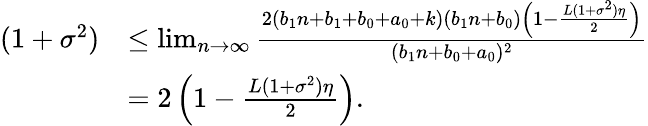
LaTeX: \begin{array}{rl}{(1+\sigma^{2})}&{\leq\operatorname*{lim}_{n\rightarrow\infty}\frac{2(b_{1}n+b_{1}+b_{0}+a_{0}+k)(b_{1}n+b_{0})\left(1-\frac{L(1+\sigma^{2})\eta}2\right)}{(b_{1}n+b_{0}+a_{0})^{2}}}\\ &{=2\left(1-\frac{L(1+\sigma^{2})\eta}2\right).}\end{array}